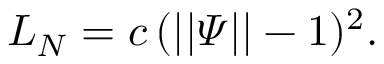
L _ { N } = c \, ( | | \varPsi | | - 1 ) ^ { 2 } .